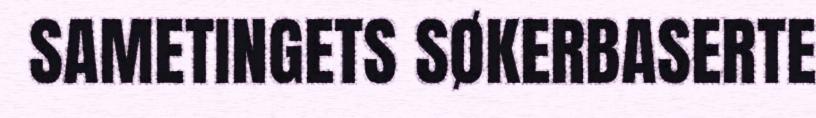
SAMETINGETS SØKERBASERTE